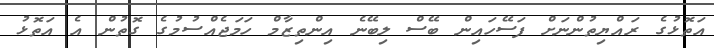
އަތޮޅުގެ ރައްޔިތުންނަށް ފަސޭހައިން ބޭސް ލިބޭނެ އިންތިޒާމް ހަމަޖެއްސުމުގެ ގޮތުން އެ އަތޮޅު